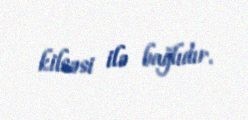
kilsəsi ilə bağlıdır.